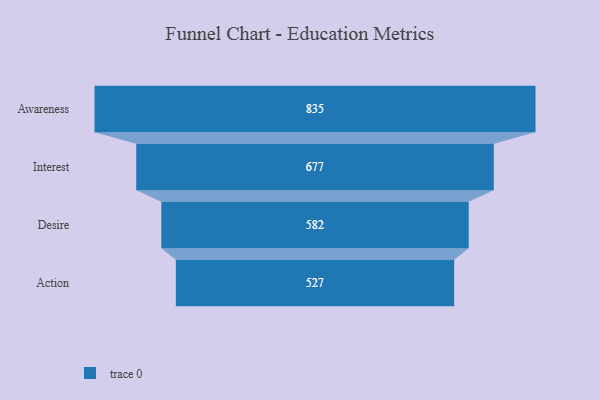
{"axis": {"x": "Stage", "y": "Value"}, "legend": [""], "data": [{"x": "Awareness", "y": 835.0, "type": ""}, {"x": "Interest", "y": 677.0, "type": ""}, {"x": "Desire", "y": 582.0, "type": ""}, {"x": "Action", "y": 527.0, "type": ""}]}